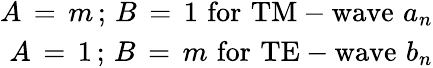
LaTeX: \begin{array}{r}{A\, =\, m\, ;\, B\, =\, 1\, \, \mathrm{for\, \, TM-wave\, \, }a_{n}}\\ {\ A\, =\, 1\, ;\, B\, =\, m\, \, \mathrm{for\, \, TE-wave\, \, }b_{n}}\end{array}